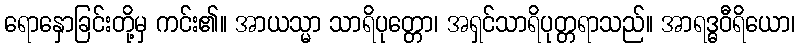
ရောနှောခြင်းတို့မှ ကင်း၏။ အာယသ္မာ သာရိပုတ္တော၊ အရှင်သာရိပုတ္တရာသည်။ အာရဒ္ဓဝီရိယော၊